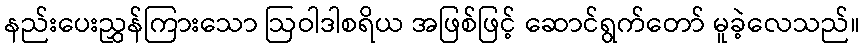
နည်းပေးညွှန်ကြားသော ဩဝါဒါစရိယ အဖြစ်ဖြင့် ဆောင်ရွက်တော် မူခဲ့လေသည်။